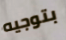
بتوجيه